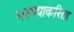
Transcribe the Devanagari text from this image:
भरण्याकरिता